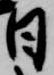
日